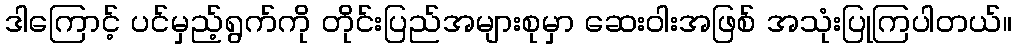
ဒါကြောင့် ပင်မှည့်ရွက်ကို တိုင်းပြည်အများစုမှာ ဆေးဝါးအဖြစ် အသုံးပြုကြပါတယ်။